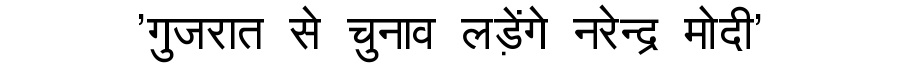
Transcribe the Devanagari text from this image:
'गुजरात से चुनाव लड़ेंगे नरेन्द्र मोदी'